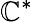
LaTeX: \mathbb{C}^{*}